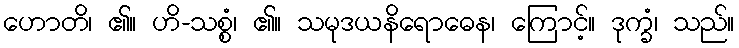
ဟောတိ၊ ၏။ ဟိ-သစ္စံ၊ ၏။ သမုဒယနိရောဓေန၊ ကြောင့်။ ဒုက္ခံ၊ သည်။